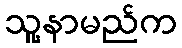
သူ့နာမည်က